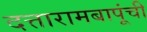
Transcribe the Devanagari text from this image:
दत्तारामबापूंची